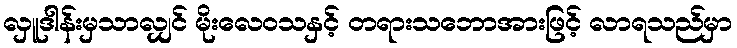
လှူဒါန်းမှသာလျှင် မိုးလေဝသနှင့် တရားသဘောအားဖြင့် လာရသည်မှာ